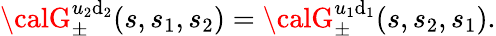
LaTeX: {\calG}_{\pm}^{u_{2}\mathrm{d}_{2}}(s,s_{1},s_{2})={\calG}_{\pm}^{u_{1}\mathrm{d}_{1}}(s,s_{2},s_{1}).